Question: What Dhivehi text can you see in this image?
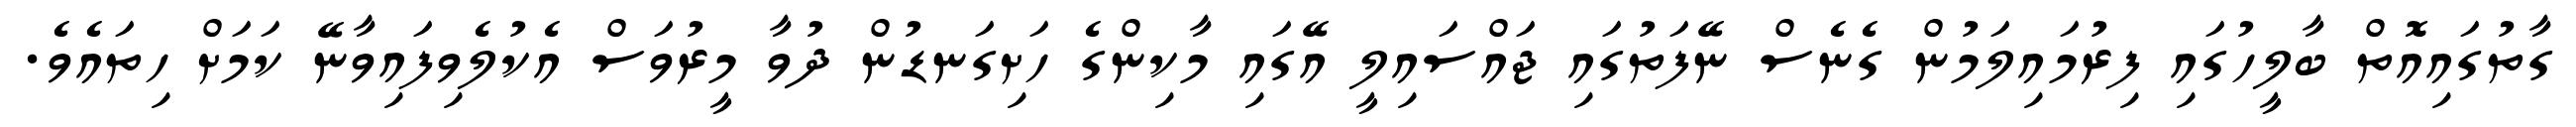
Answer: ގާތުގައިއޮތް ބާލީހުގައި ފިރުމައިލަމުން ގެނެސް ނޭފަތުގައި ޖައްސައިލީ އޭގައި މާކިންގެ ހަށިގަނޑުން ދުވާ މީރުވަސް އެކުލެވިފައިވާނޭ ކަމަށް ހިތައެވެ.